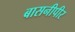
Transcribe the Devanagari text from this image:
बासनीपीर